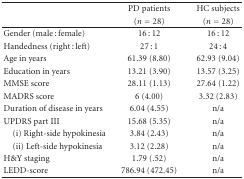
|  | PD patients | HC subjects |
 |  | (n = 28) | (n = 28) |
 | --- | --- | --- |
 | Gender (male : female) | 16 : 12 | 16 : 12 |
 | Handedness (right : left) | 27 : 1 | 24 : 4 |
 | Age in years | 61.39 (8.80) | 62.93 (9.04) |
 | Education in years | 13.21 (3.90) | 13.57 (3.25) |
 | MMSE score | 28.11 (1.13) | 27.64 (1.22) |
 | MADRS score | 6 (4.00) | 3.32 (2.83) |
 | Duration of disease in years | 6.04 (4.55) | n/a |
 | UPDRS part III | 15.68 (5.35) | n/a |
 | (i) Right-side hypokinesia | 3.84 (2.43) | n/a |
 | (ii) Left-side hypokinesia | 3.12 (2.28) | n/a |
 | H&Y staging | 1.79 (.52) | n/a |
 | LEDD-score | 786.94 (472.45) | n/a |